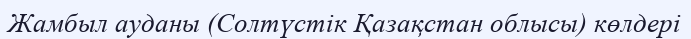
Жамбыл ауданы (Солтүстік Қазақстан облысы) көлдері